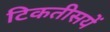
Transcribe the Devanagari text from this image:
टिकतीसयें